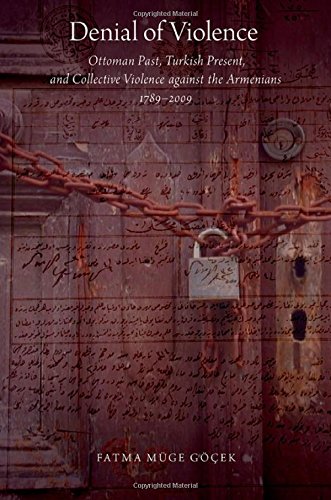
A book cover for Denial of Violence: Ottoman Past, Turkish Present, and Collective Violence against the Armenians, 1789-2009; Fatma Muge Gocek; History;